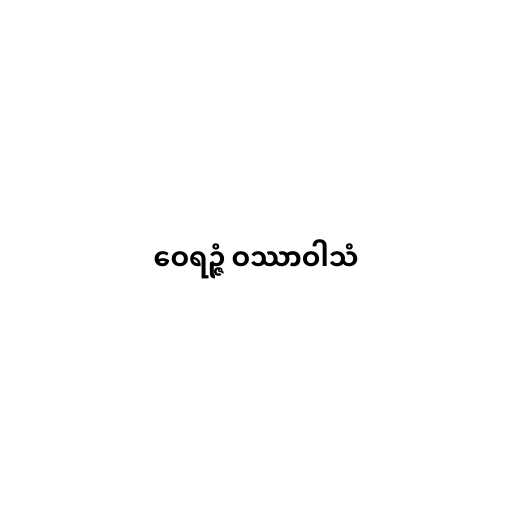
ဝေရဉ္ဇံ ဝဿာဝါသံ